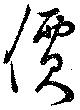
價